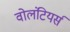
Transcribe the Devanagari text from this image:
वोलंटियर्स